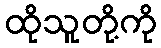
ထိုသူတို့ကို